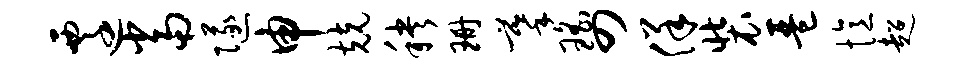
迁当隧申兢秧珊摹瑶四佯装琶忆超